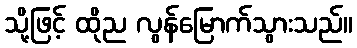
သို့ဖြင့် ထိုည လွန်မြောက်သွားသည်။